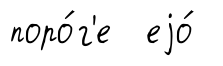
поро́г'е еjо́